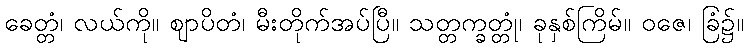
ခေတ္တံ၊ လယ်ကို။ ဈာပိတံ၊ မီးတိုက်အပ်ပြီ။ သတ္တက္ခတ္တုံ၊ ခုနှစ်ကြိမ်။ ဝဇေ၊ ခြံ၌။